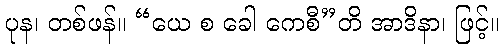
ပုန၊ တစ်ဖန်။ “ယေ စ ခေါ ကေစီ”တိ အာဒိနာ၊ ဖြင့်။